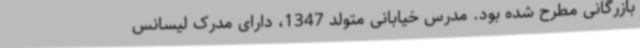
بازرگانی مطرح شده بود. مدرس خیابانی متولد 1347، دارای مدرک لیسانس